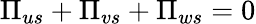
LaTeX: \Pi_{us}+\Pi_{vs}+\Pi_{ws}=0